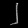
Digit: ၂